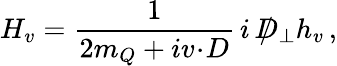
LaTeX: H_{v}={\frac{1}{2m_{Q}+iv\! \cdot\! D}}\, i\, \rlap{\, /}D_{\perp}h_{v}\, ,